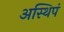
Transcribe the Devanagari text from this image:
अस्थिपं